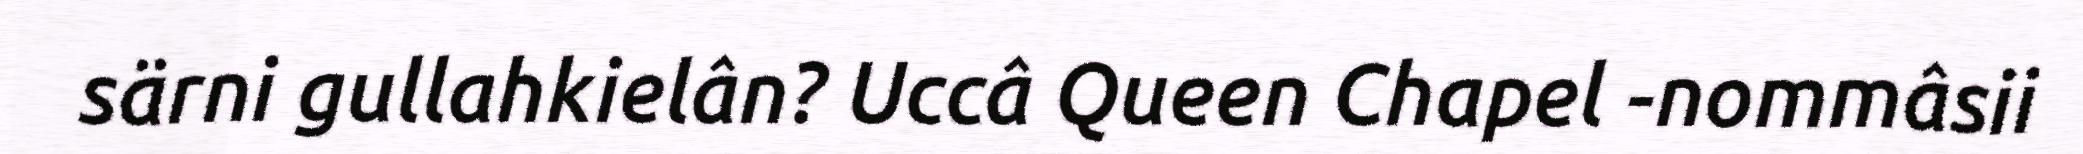
särni gullahkielân? Uccâ Queen Chapel -nommâsii